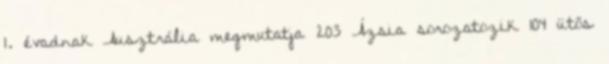
1. évadnak Ausztrália megmutatja 203 Ázsia sorozatozik 104 ütős